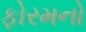
ફોરમનો